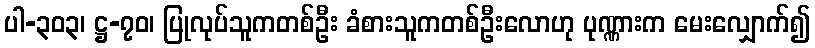
ပါ-၃၀၃၊ ဋ္ဌ-၇၀၊ ပြုလုပ်သူကတစ်ဦး ခံစားသူကတစ်ဦးလောဟု ပုဏ္ဏားက မေးလျှောက်၍